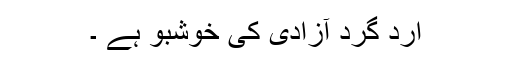
ارد گرد آزادی کی خوشبو ہے ۔